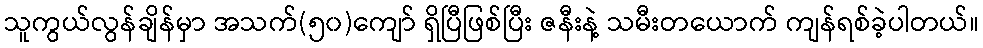
သူကွယ်လွန်ချိန်မှာ အသက်(၅၀)ကျော် ရှိပြီဖြစ်ပြီး ဇနီးနဲ့ သမီးတယောက် ကျန်ရစ်ခဲ့ပါတယ်။